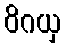
ဝိဂယှ